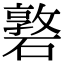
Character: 䃦